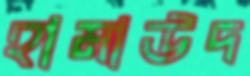
হামাউদ